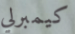
كيمبرلي